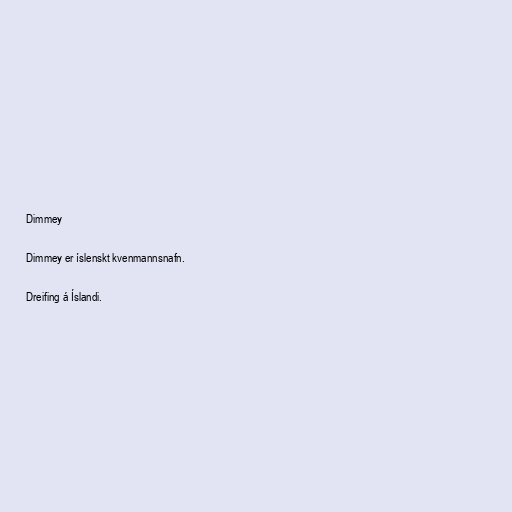
Dimmey

Dimmey er íslenskt kvenmannsnafn.

Dreifing á Íslandi.